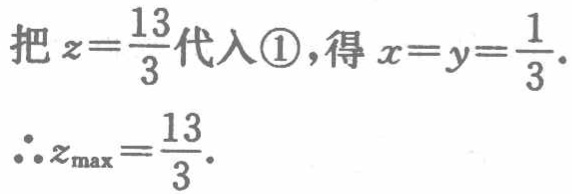
把\(z = \frac{13}{3}\)代入\textcircled{1}，得\(x = y=\frac{1}{3}\).

\(\therefore z_{\max}=\frac{13}{3}\).